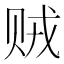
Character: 贼